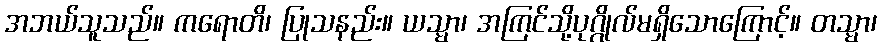
အဘယ်သူသည်။ ကရောတိ၊ ပြုသနည်း။ ယသ္မာ၊ အကြင်သို့ပုဂ္ဂိုလ်မရှိသောကြောင့်။ တသ္မာ၊